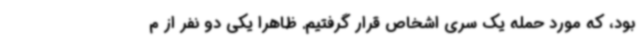
بود، که مورد حمله یک سری اشخاص قرار گرفتیم. ظاهرا یکی دو نفر از م